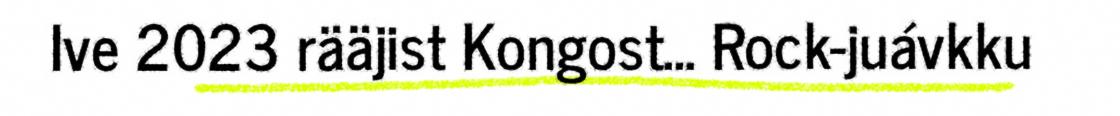
Ive 2023 rääjist Kongost... Rock-juávkku